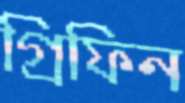
গ্রিফিন